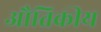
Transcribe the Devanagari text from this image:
औतिकीय